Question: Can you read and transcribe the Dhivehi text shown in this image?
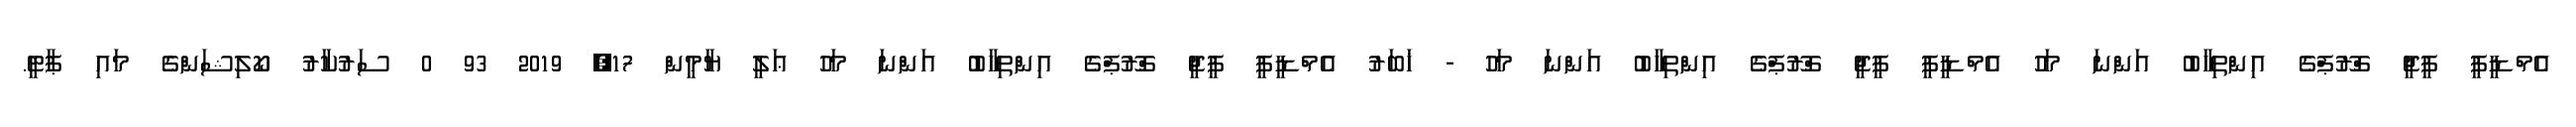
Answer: އެމްޑީޕީ ޕީޖީ ގްރޫޕްގެ އިންތިހާބު އަންނަ މަހު އެމްޑީޕީ ޕީޖީ ގްރޫޕްގެ އިންތިހާބު އަންނަ މަހު - ޚަބަރު އެމްޑީޕީ ޕީޖީ ގްރޫޕްގެ އިންތިހާބު އަންނަ މަހު ޢަލީ ޔާމީން 17, 2019 93 0 ސަރުކާރު ކޯލިޝަންގެ މައި ޕާޓީ.